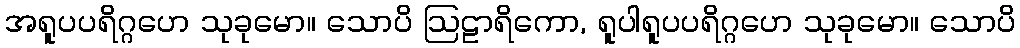
အရူပပရိဂ္ဂဟေ သုခုမော။ သောပိ ဩဠာရိကော, ရူပါရူပပရိဂ္ဂဟေ သုခုမော။ သောပိ